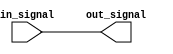
module low_power_buffer (
    input wire in_signal,
    output reg out_signal
);

reg gated_out_signal;

always @ (in_signal)
begin
    // Low power buffering logic here
    gated_out_signal = in_signal; // Simple pass through for now
end

assign out_signal = gated_out_signal;

endmodule